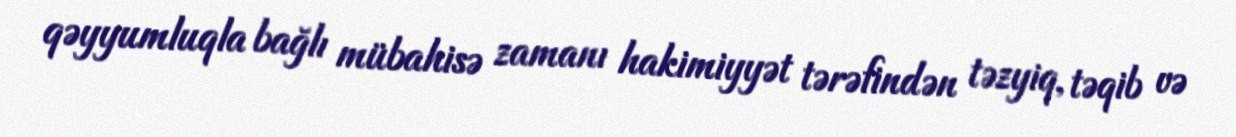
qəyyumluqla bağlı mübahisə zamanı hakimiyyət tərəfindən təzyiq, təqib və